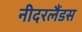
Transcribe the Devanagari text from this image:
नीदरलैंडस